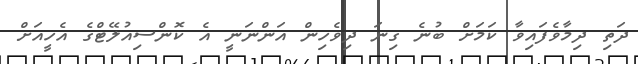
ދަތި ދިމާވެފައިވާ ކަމަށް ބުނެ ގިނަ ދިވެހިން އަންނަނީ އެ ކޮންސިއުލޭޓްގެ އެހީއަށް